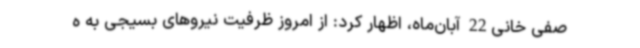
صفی خانی22 آبان‌ماه، اظهار کرد: از امروز ظرفیت نیروهای بسیجی به ه